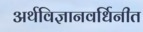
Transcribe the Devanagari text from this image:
अर्थविज्ञानवर्धिनीत